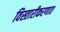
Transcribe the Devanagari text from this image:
विस्तारीकरणात